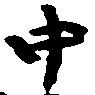
中